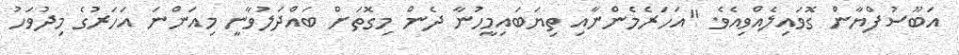
އަބޫސުފްޔާން ގޮވައިލެއްވިއެވެ. "އަހަރެމެންނާއި ތިޔަބައިމީހުނާ ދެން މިގޮތަށް ބައްދަލުވާނީ މިއަންނަ އަހަރުގެ މިދުވަހު